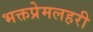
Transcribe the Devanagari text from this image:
भक्तप्रेमलहरी